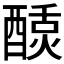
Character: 𬪴